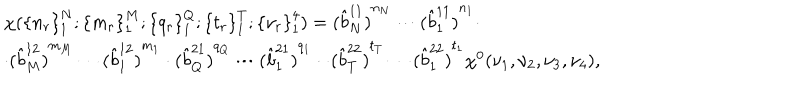
\begin{array} { l } { { \chi ( { \{ n _ { r } \} } _ { 1 } ^ { N } ; { \{ m _ { r } \} } _ { 1 } ^ { M } ; { \{ q _ { r } \} } _ { 1 } ^ { Q } ; { \{ t _ { r } \} } _ { 1 } ^ { T } ; { \{ \nu _ { r } \} } _ { 1 } ^ { 4 } ) = { ( \hat { b } _ { N } ^ { 1 1 } ) } ^ { n _ { \scriptscriptstyle N } } \cdots { ( \hat { b } _ { 1 } ^ { 1 1 } ) } ^ { n _ { 1 } } \cdot } } \\ { { \cdot { ( \hat { b } _ { M } ^ { 1 2 } ) } ^ { m _ { \scriptscriptstyle M } } \cdots { ( \hat { b } _ { 1 } ^ { 1 2 } ) } ^ { m _ { 1 } } \cdot { ( \hat { b } _ { Q } ^ { 2 1 } ) } ^ { q _ { \scriptscriptstyle Q } } \cdots { ( \hat { b } _ { 1 } ^ { 2 1 } ) } ^ { q _ { 1 } } \cdot \cdot { ( \hat { b } _ { T } ^ { 2 2 } ) } ^ { t _ { \scriptscriptstyle T } } \cdots { ( \hat { b } _ { 1 } ^ { 2 2 } ) } ^ { t _ { 1 } } \chi ^ { 0 } ( \nu _ { 1 } , \nu _ { 2 } , \nu _ { 3 } , \nu _ { 4 } ) , } } \\ \end{array}